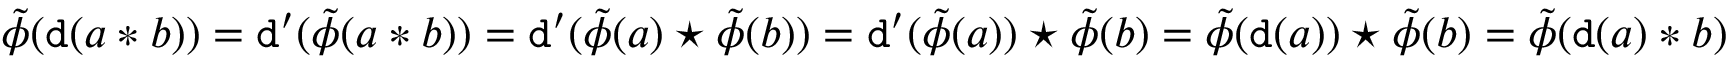
\tilde { \phi } ( \mathtt { d } ( a \ast b ) ) = \mathtt { d } ^ { \prime } ( \tilde { \phi } ( a \ast b ) ) = \mathtt { d } ^ { \prime } ( \tilde { \phi } ( a ) \star \tilde { \phi } ( b ) ) = \mathtt { d } ^ { \prime } ( \tilde { \phi } ( a ) ) \star \tilde { \phi } ( b ) = \tilde { \phi } ( \mathtt { d } ( a ) ) \star \tilde { \phi } ( b ) = \tilde { \phi } ( \mathtt { d } ( a ) \ast b )